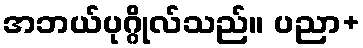
အဘယ်ပုဂ္ဂိုလ်သည်။ ပညာ+